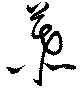
慕